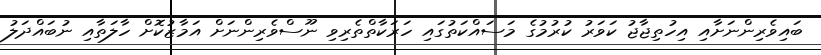
ބައިވެރިންނަށާއި އިހުތިޖާޖު ކަވަރު ކުރުމުގެ މަސައްކަތުގައި ހަރަކާތްތެރިވި ނޫސްވެރިންނަށް އަމާޒުކޮށް ހާލަތާއި ނުބައްދަލު